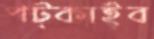
পট্‌কাইব